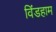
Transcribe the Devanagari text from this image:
विंडहाम